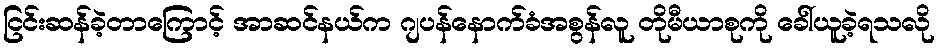
ငြင်းဆန်ခဲ့တာကြောင့် အာဆင်နယ်က ဂျပန်နောက်ခံအစွန်လူ တိုမီယာစုကို ခေါ်ယူခဲ့ရသလို